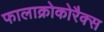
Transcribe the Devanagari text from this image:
फालाक्रोकोरैक्स